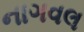
નાગવલ